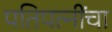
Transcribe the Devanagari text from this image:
पतिपत्‍नींचा